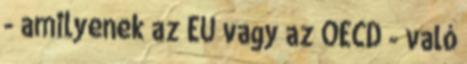
- amilyenek az EU vagy az OECD - való